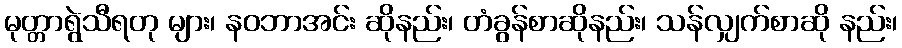
မုတ္တာရွဲသီရတု များ၊ နဝဘာအင်း ဆိုနည်း၊ တံခွန်စာဆိုနည်း၊ သန်လျှက်စာဆို နည်း၊